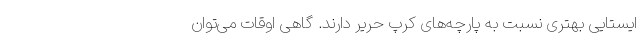
ایستایی بهتری نسبت به پارچه‌های کرپ حریر دارند. گاهی اوقات می‌توان